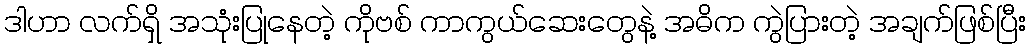
ဒါဟာ လက်ရှိ အသုံးပြုနေတဲ့ ကိုဗစ် ကာကွယ်ဆေးတွေနဲ့ အဓိက ကွဲပြားတဲ့ အချက်ဖြစ်ပြီး